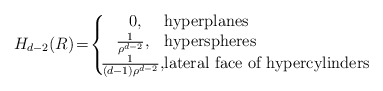
\begin{align*}H_{d-2}(R)\!=\!\left\{\!\! \begin{array}{cl} 0, \!\!&\!\!\! \textrm{hyperplanes} \\ \!\! \frac{1}{\rho^{d-2}}, \!\!&\!\!\! \textrm{hyperspheres} \\ \!\! \frac{1}{(d-1)\rho^{d-2}}, \!\!&\!\!\! \textrm{lateral face of hypercylinders} \end{array}\right.\end{align*}